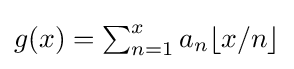
{\textstyle g(x)=\sum _{n=1}^{x}a_{n}\lfloor x/n\rfloor }